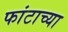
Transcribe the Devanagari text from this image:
फांटाच्या